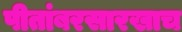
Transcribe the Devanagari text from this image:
पीतांबरसारखाच